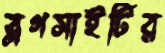
ব্লগসাইটির